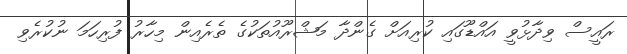
ރައީސް ވިދާޅުވީ އައްޑޫގައި ކުރިއަށް ގެންދާ މަޝްރޫއުތަކުގެ ތެރެއިން މިހާރު ފުރިހަމަ ނުކުރެވި